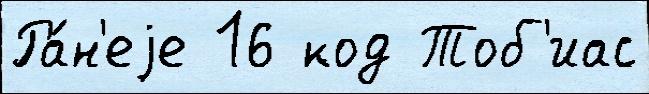
Ра́н'еjе 16 код Тоб'иас